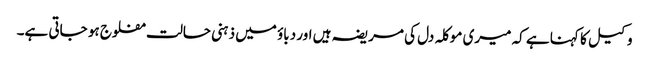
وکیل کا کہنا ہے کہ میری موکلہ دل کی مریضہ ہیں اور دباؤ میں ذہنی حالت مفلوج ہو جاتی ہے۔